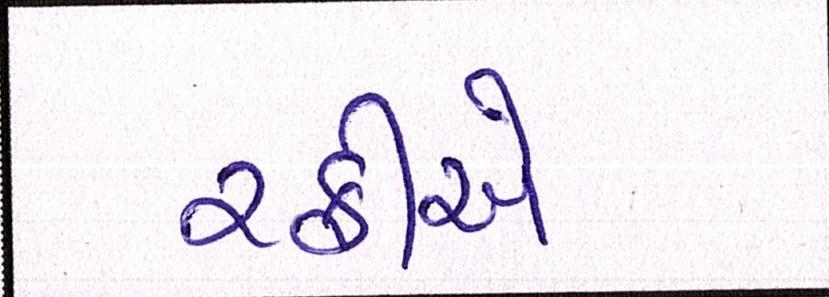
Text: રફીએ